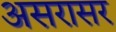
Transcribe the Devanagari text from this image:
असरासर